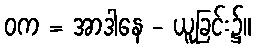
ဝက = အာဒါနေ - ယူခြင်း၌။